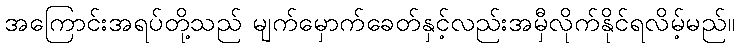
အကြောင်းအရပ်တို့သည် မျက်မှောက်ခေတ်နှင့်လည်းအမှီလိုက်နိုင်ရလိမ့်မည်။